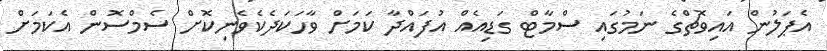
އެޕަލުން އައިވޮޗްގެ ނަމުގައި ސްމާޓް ގަޑިއެއް އުފައްދާ ކަމަށް ވާހަކަދެކެވެނިކޮށް ސެމްސޮން އެކަމަށް